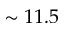
\sim 1 1 . 5